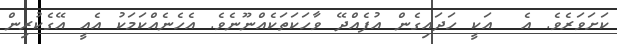
ކަށަވަރެވެ. އެ  އަކީ ހަދައިގެން އުފެއްދޭ ވާހަކަތަކެއްނޫނެވެ. އެހެނެއްކަމަކު އެއީ އޭގެކުރިން